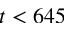
t < 6 4 5